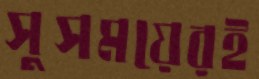
সুসময়েরই